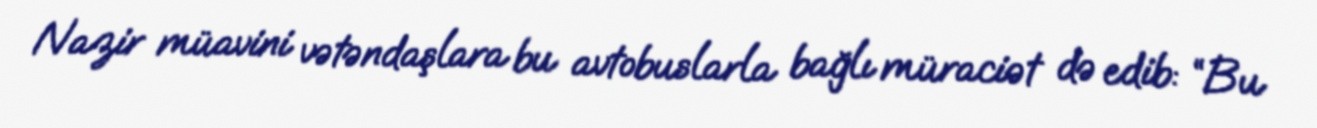
Nazir müavini vətəndaşlara bu avtobuslarla bağlı müraciət də edib: “Bu